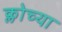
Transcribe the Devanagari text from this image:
क्लोच्या